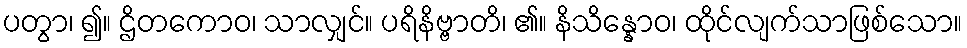
ပတွာ၊ ၍။ ဌိတကောဝ၊ သာလျှင်။ ပရိနိဗ္ဗာတိ၊ ၏။ နိသိန္နောဝ၊ ထိုင်လျက်သာဖြစ်သော။